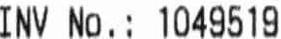
INV NO.: 1049519